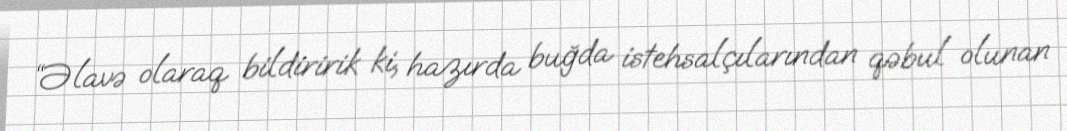
“Əlavə olaraq bildiririk ki, hazırda buğda istehsalçılarından qəbul olunan